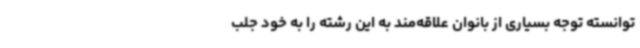
توانسته توجه بسیاری از بانوان علاقه‌مند به این رشته‌ را به خود جلب